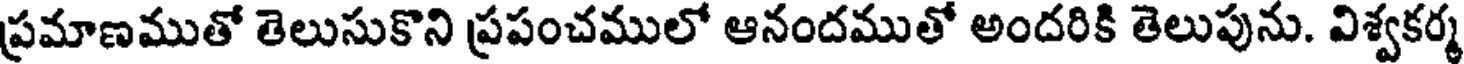
ప్రమాణముతో తెలుసుకొని ప్రపంచములో ఆనందముతో అందరికి తెలుపును. విశ్వకర్మ